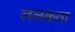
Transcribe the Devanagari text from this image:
ललकता